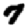
Digit: 7